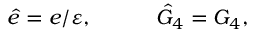
\hat { e } = e / \varepsilon , \ \ \ \ \ \ \ \ \ \hat { G } _ { 4 } = G _ { 4 } ,